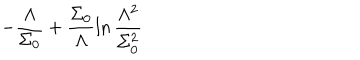
LaTeX: - \frac { \Lambda } { \Sigma _ { 0 } } + \frac { \Sigma _ { 0 } } { \Lambda } \ln \frac { \Lambda ^ { 2 } } { \Sigma _ { 0 } ^ { 2 } }